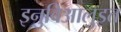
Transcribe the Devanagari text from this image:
इनुविआलुइत